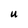
Character: U